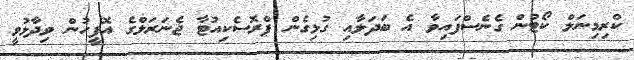
ކްރިމިނަލް ކޯޓުން ގެނެސްފައިވާ އެ ބަދަލާއި ގުޅިގެން ޕްރޮސެކިއުޓާ ޖެނަރަލްގެ އޮފީހުން ވިދާޅުވީ